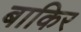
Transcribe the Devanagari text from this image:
बाकिर